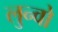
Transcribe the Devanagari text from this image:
लुन्वो